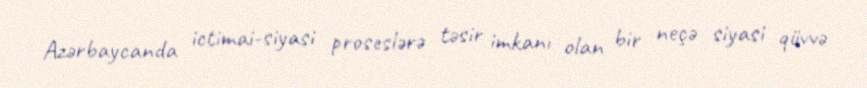
Azərbaycanda ictimai-siyasi proseslərə təsir imkanı olan bir neçə siyasi qüvvə